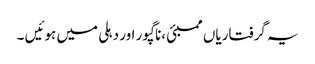
یہ گرفتاریاں ممبئی ،ناگپور اور دہلی میں ہوئیں ۔